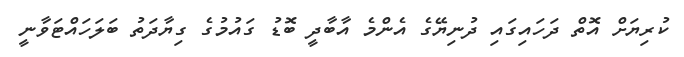
ކުރިޔަށް އޮތް ދަހައިގައި ދުނިޔޭގެ އެންމެ އާބާދީ ބޮޑު ގައުމުގެ ގިޔާދަތު ބަލަހައްޓަވާނީ